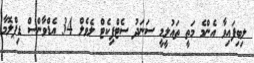
ލިބިފައިވާ އެންމެ މަތީ ތައުލީމީ ސަނަދު ސެޓްފިކެޓް ލެވެލް 34 އެޑްވާންސް ޑިޕްލޮމާ